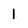
Character: 1